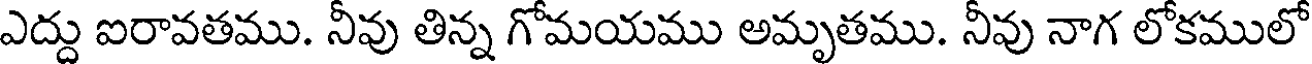
ఎద్దు ఐరావతము. నీవు తిన్న గోమయము అమృతము. నీవు నాగ లోకములో